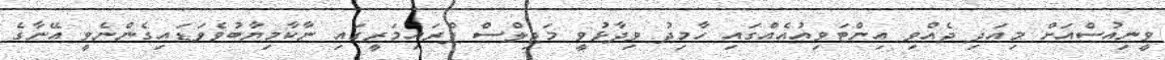
ވީނިއުސްއަށް މިއަދި ދެއްވި އިންޓަވިއުއެއްގައި ހާމިދު ވިދާޅުވީ މަޖިލްސް ޕްރައިމަރީގައި ނާކާމިޔާބުވެވަޑައިގެންނެވީ އޭނާގެ